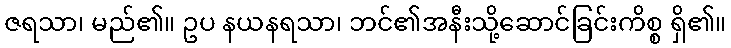
ဇရသာ၊ မည်၏။ ဥပ နယနရသာ၊ ဘင်၏အနီးသို့ဆောင်ခြင်းကိစ္စ ရှိ၏။